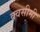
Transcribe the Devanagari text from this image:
क्वसीमी